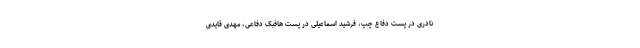
نادری در پست دفاع چپ، فرشید اسماعیلی در پست هافبک دفاعی، مهدی قایدی